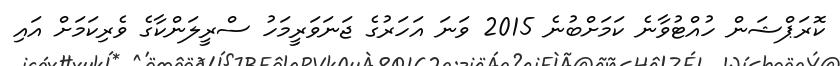
ކޮރަޕްޝަން ހުއްޓުވާނެ ކަމަށްބުނެ 2015 ވަނަ އަހަރުގެ ޖަނަވަރީމަހު ސްރީލަންކާގެ ވެރިކަމަށް އައި